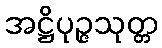
အဋ္ဌိပုဉ္ဇသုတ္တ